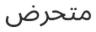
متحرض